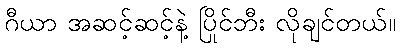
ဂီယာ အဆင့်ဆင့်နဲ့ ပြိုင်ဘီး လိုချင်တယ်။